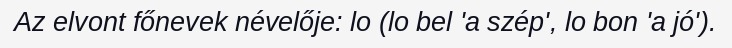
Az elvont főnevek névelője: lo (lo bel 'a szép', lo bon 'a jó').